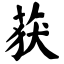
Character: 获